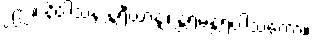
၂၉၂။ နိဝါသန န္တရီယာနျ၊ န္တရမန္တရဝါသကော။